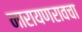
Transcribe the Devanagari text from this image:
नारायणरावचा